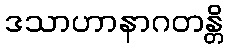
ဒသာဟာနာဂတန္တိ